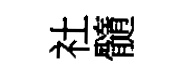
社髓